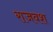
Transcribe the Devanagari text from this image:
राजवश